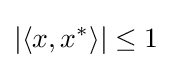
|\langle {x,x^{*}}\rangle |\leq 1